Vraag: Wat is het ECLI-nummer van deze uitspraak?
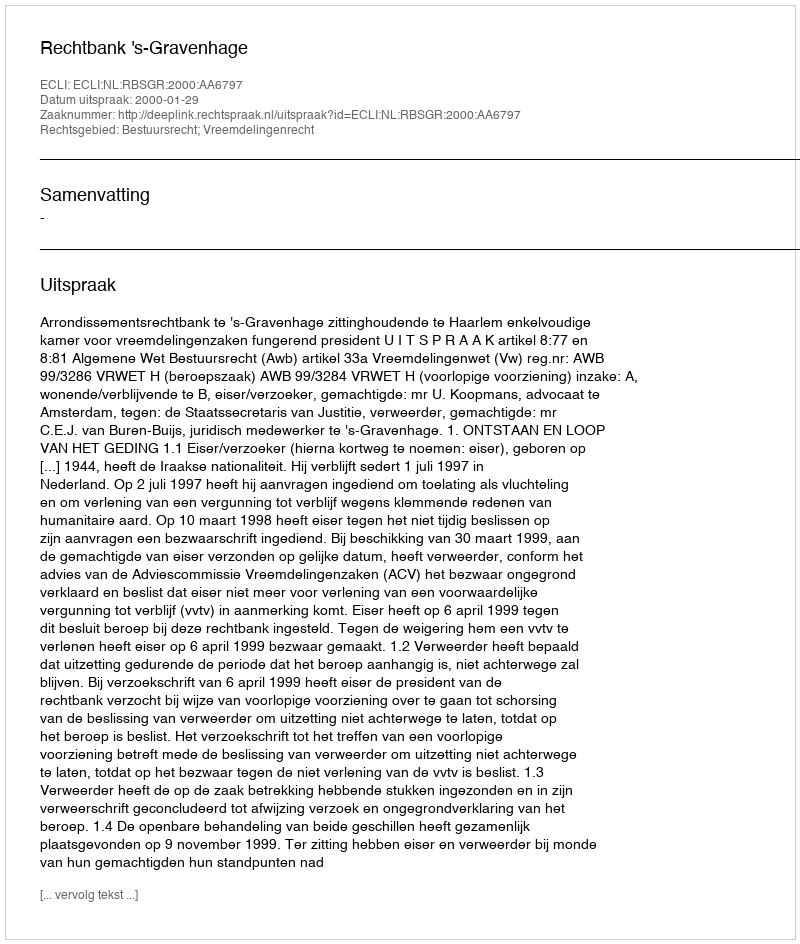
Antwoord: ECLI:NL:RBSGR:2000:AA6797